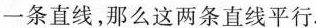
一条直线，那么这两条直线平行.